Lunatic asylums in Bengal annual reports 1912-1924 - 1912-1924
Year: 1912
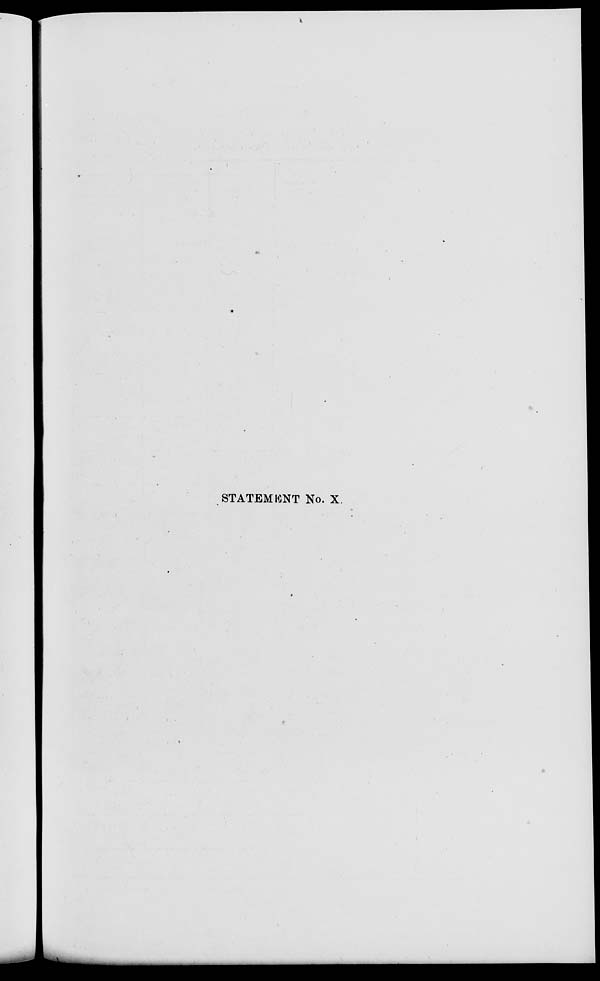
STATEMENT No. X.